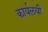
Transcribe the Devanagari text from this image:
कार्यलयी